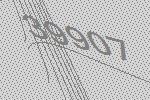
39907